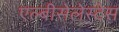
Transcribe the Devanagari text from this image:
एल्बीसेलेस्टेस